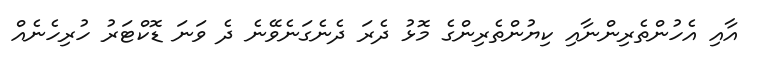
އާއި އެހުންތެރިންނާއި ކިޔުންތެރިންގެ މޮޅު ދެރަ ދެނެގަނެވޭނެ ދެ ވަނަ ޑޮކްޓަރު ހުރިހެނެއް